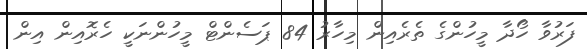
ފަރުވާ ހޯދާ މީހުންގެ ތެރެއިން މިހާރު 84 ޕަސެންޓް މީހުންނަކީ ހެރޮއިން އިން